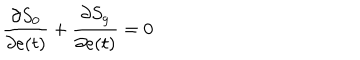
\frac { \partial S _ { 0 } } { \partial e ( t ) } + \frac { \partial S _ { g } } { \partial e ( t ) } = 0